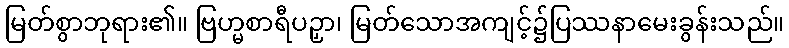
မြတ်စွာဘုရား၏။ ဗြဟ္မစာရီပဉှာ၊ မြတ်သောအကျင့်၌ပြဿနာမေးခွန်းသည်။